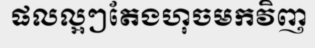
ផលល្អៗតែងហុចមកវិញ